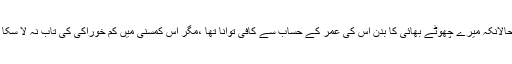
حالانکہ میرے چھوٹے بھائی کا بدن اُس کی عمر کے حساب سے کافی توانا تھا ،مگر اِس کمسنی میں کم خوراکی کی تاب نہ لا سکا ۔